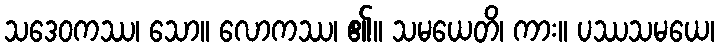
သဒေဝကဿ၊ သော။ လောကဿ၊ ၏။ သမယေတိ၊ ကား။ ပဿသမယေ၊